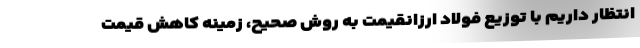
انتظار داریم با توزیع فولاد ارزانقیمت به روش صحیح، زمینه کاهش قیمت